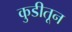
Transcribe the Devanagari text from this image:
कुडीतून